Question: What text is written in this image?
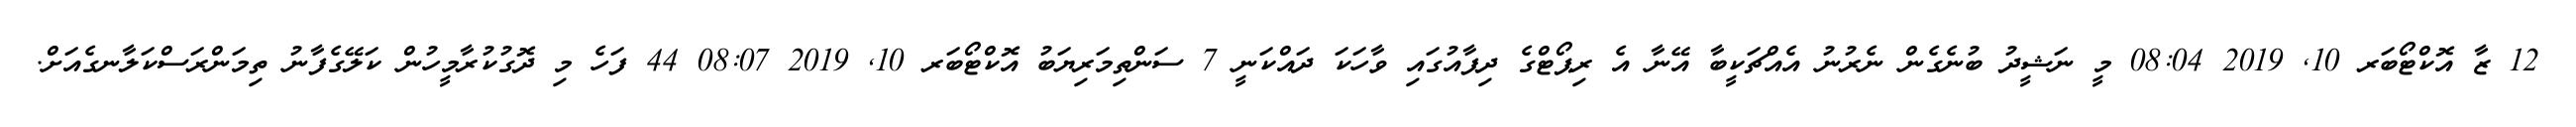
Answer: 12 ޒާ އޮކްޓޯބަރ 10, 2019 08:04 މީ ނަޝީދު ބުނެގެން ނެރުނު އެއްޗަކީބާ އޭނާ އެ ރިޕޯޓްގެ ދިފާއުގައި ވާހަކަ ދައްކަނީ 7 ސަންތިމަރިޔަބު އޮކްޓޯބަރ 10, 2019 08:07 44 ފަހެ މި ދޮގުކުރާމީހުން ކަލޭގެފާނު ތިމަންރަސްކަލާނގެއަށް.